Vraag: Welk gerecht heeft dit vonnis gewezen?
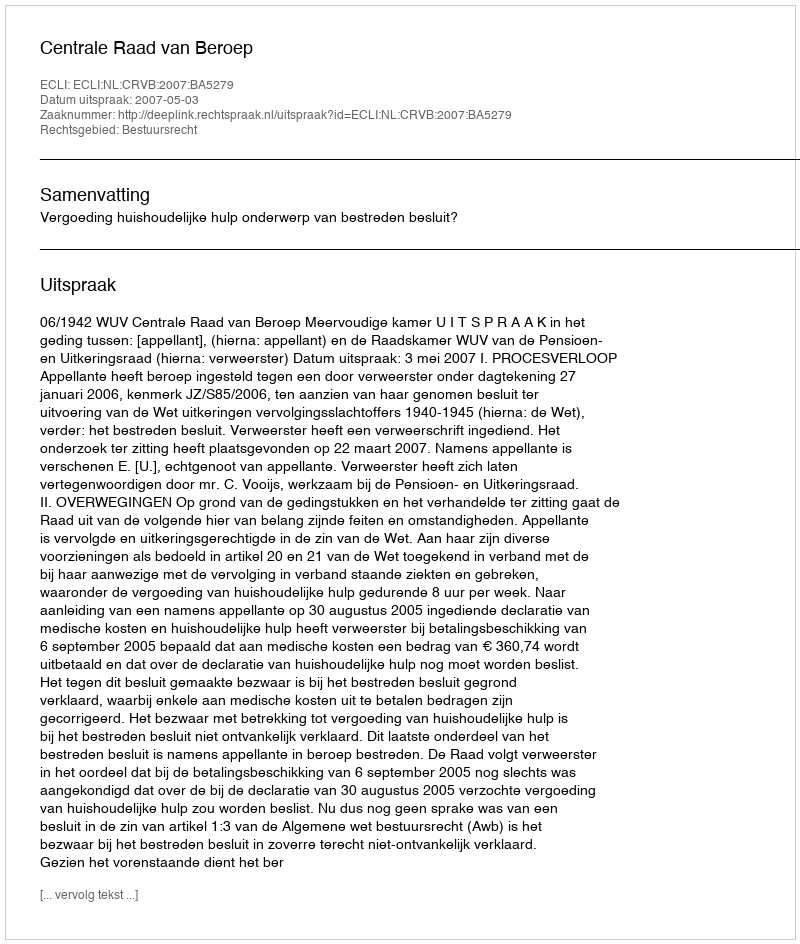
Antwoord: Centrale Raad van Beroep